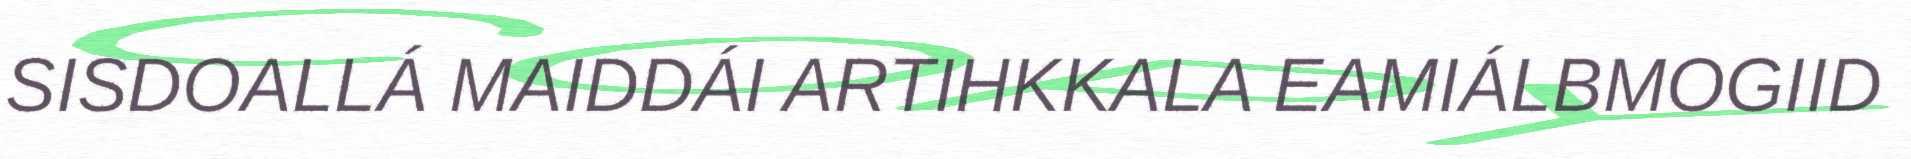
SISDOALLÁ MAIDDÁI ARTIHKKALA EAMIÁLBMOGIID